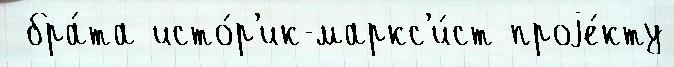
 бра́та исто́р'ик-маркс'и́ст проjе́кту